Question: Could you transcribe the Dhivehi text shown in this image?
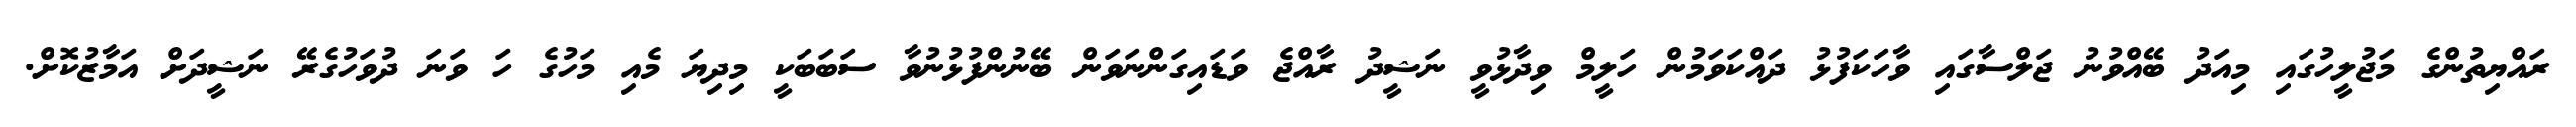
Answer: ރައްޔިތުންގެ މަޖުލީހުގައި މިއަދު ބޭއްވުނު ޖަލްސާގައި ވާހަކަފުޅު ދައްކަވަމުން ހަލީމް ވިދާޅުވީ ނަޝީދު ރާއްޖެ ވަޑައިގަންނަވަން ބޭނުންފުޅުނުވާ ސަބަބަކީ މިދިޔަ މެއި މަހުގެ ހަ ވަނަ ދުވަހުގެރޭ ނަޝީދަށް އަމާޒުކޮށް.